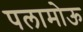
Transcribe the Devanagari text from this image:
पलामोऊ